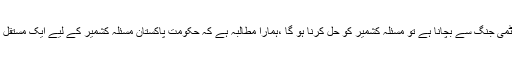
انہوں نے کہاکہ دنیا کو یہ باور کروانے کی ضرورت ہے کہ اگر دنیا کو ایٹمی جنگ سے بچانا ہے تو مسئلہ کشمیر کو حل کرنا ہو گا ،ہمارا مطالبہ ہے کہ حکومت پاکستان مسئلہ کشمیر کے لیے ایک مستقل نائب وزیر خارجہ کا تقرر کرے اور ٹھوس جامع حکمت عملی تشکیل دے ۔